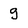
Character: g